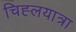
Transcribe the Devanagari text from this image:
चिह्लयात्रा